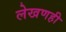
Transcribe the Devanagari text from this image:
लेखणही